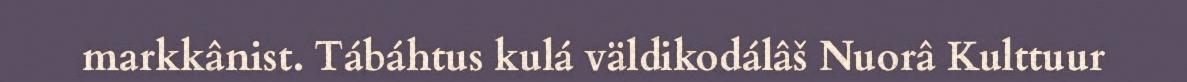
markkânist. Tábáhtus kulá väldikodálâš Nuorâ Kulttuur